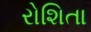
રોશિતા